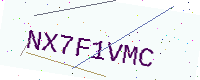
Text: NX7F1VMC